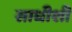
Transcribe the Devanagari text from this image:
साधीशी